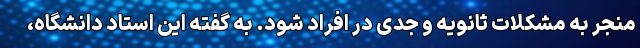
منجر به مشکلات ثانویه و جدی در افراد شود. به گفته این استاد دانشگاه،